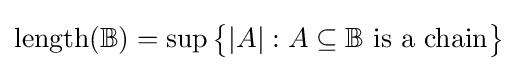
{\rm {length}}(\mathbb {B} )=\sup {\big \{}|A|:A\subseteq \mathbb {B} {\text{ is a chain}}{\big \}}